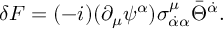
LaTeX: \delta F = ( - i ) ( \partial _ { \mu } \psi ^ { \alpha } ) \sigma _ { \dot { \alpha } \alpha } ^ { \mu } \bar { \Theta } ^ { \dot { \alpha } } .